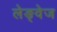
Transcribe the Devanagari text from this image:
लेङ्वेज